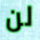
لن